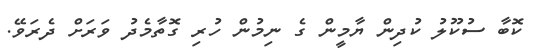
ކޮބާ ސުކޫލު ކުދިން ޔާމީން ގެ ނިމުން ހުރި ގޮތާމެދު ވަރަށް ދެރަވޭ.